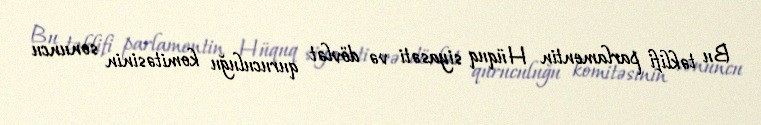
Bu təklifi parlamentin Hüquq siyasəti və dövlət quruculuğu komitəsinin sonuncu